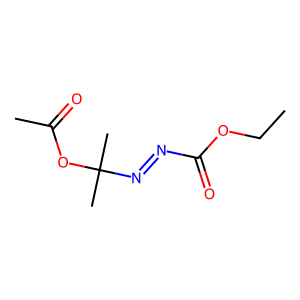
SMILES: CCOC(=O)N=NC(C)(C)OC(C)=O
Inhibits HIV replication: No